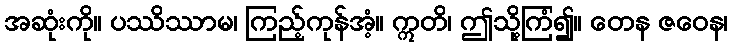
အဆုံးကို။ ပဿိဿာမ၊ ကြည့်ကုန်အံ့။ ဣတိ၊ ဤသို့ကြံ၍။ တေန ဇဝေန၊